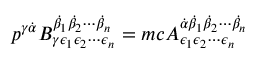
p ^ { \gamma { \dot { \alpha } } } B _ { \gamma \epsilon _ { 1 } \epsilon _ { 2 } \cdots \epsilon _ { n } } ^ { { \dot { \beta } } _ { 1 } { \dot { \beta } } _ { 2 } \cdots { \dot { \beta } } _ { n } } = m c A _ { \epsilon _ { 1 } \epsilon _ { 2 } \cdots \epsilon _ { n } } ^ { { \dot { \alpha } } { \dot { \beta } } _ { 1 } { \dot { \beta } } _ { 2 } \cdots { \dot { \beta } } _ { n } }